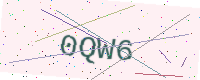
Text: 0QW6